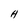
Character: H